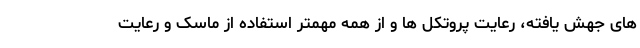
های جهش یافته، رعایت پروتکل ها و از همه مهمتر استفاده از ماسک و رعایت